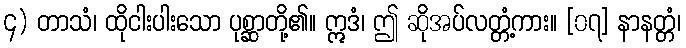
၄) တာသံ၊ ထိုငါးပါးသော ပုစ္ဆာတို့၏။ ဣဒံ၊ ဤ ဆိုအပ်လတ္တံ့ကား။ [၀၇] နာနတ္တံ၊